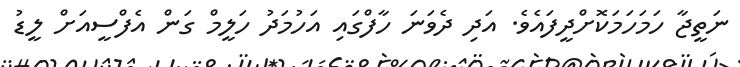
ނަތީޖާ ހަމަހަމަކޮށްދީފައެވެ. އަދި ދެވަނަ ހާފްގައި އަހުމަދު ހަލީމް ގަން އެފްސީއަށް ލީޑު